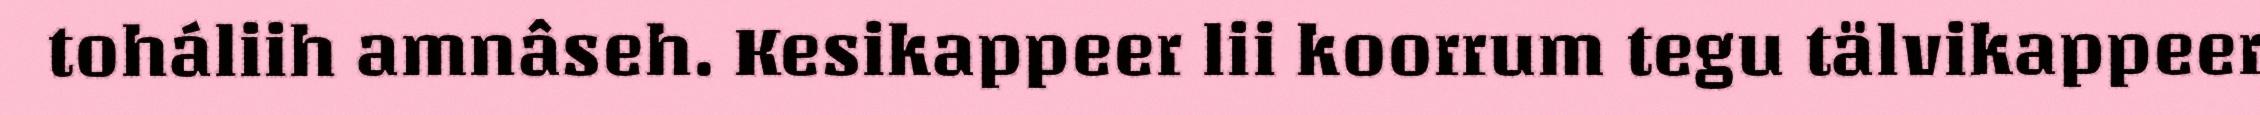
toháliih amnâseh. Kesikappeer lii koorrum tegu tälvikappeer